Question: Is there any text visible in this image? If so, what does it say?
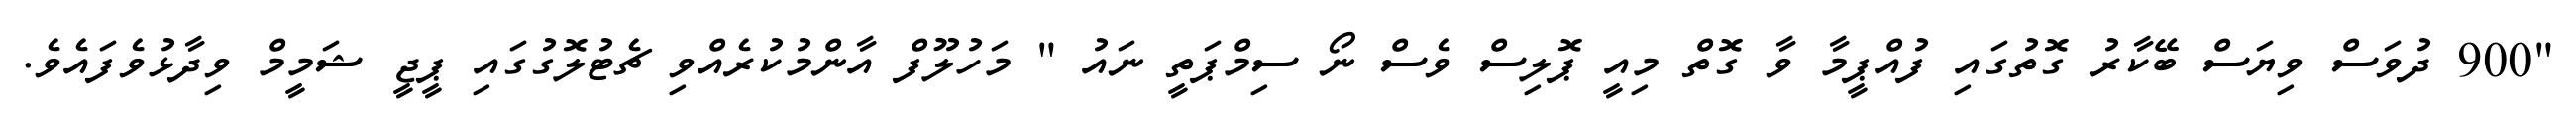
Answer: "900 ދުވަސް ވިޔަސް ބޭކާރު ގޮތުގައި ފުއްޕީމާ ވާ ގޮތް މިއީ ޕޮލިސް ވެސް ނޯ ސިމްޕަތީ ނައު " މަހުލޫފް އާންމުކުރެއްވި ޗެޓުލޮގުގައި ޕީޖީ ޝަމީމް ވިދާޅުވެފައެވެ.